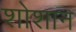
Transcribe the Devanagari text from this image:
शोशान